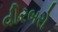
વીરબરો